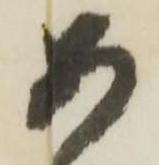
如